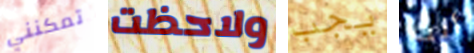
تمكنني ولاحظت يجب أنت